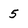
Character: 5